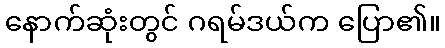
နောက်ဆုံးတွင် ဂရမ်ဒယ်က ပြော၏။